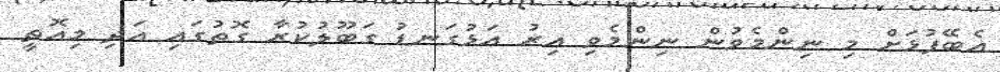
އެބޭފުޅަށް މި ނިންމެވުން ނިންމެވި އިރު އަޅުގަނޑު ގަބޫލުކުރާ ގޮތުގައި އަދި މިއޮތީ